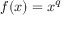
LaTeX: f ( x ) = x ^ { q }